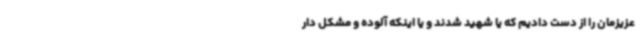
عزیزمان را از دست دادیم که یا شهید شدند و یا اینکه آلوده و مشکل دار